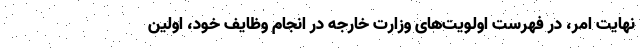
نهایت امر،‌ در فهرست اولویت‌های وزارت خارجه در انجام وظایف خود، اولین